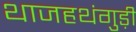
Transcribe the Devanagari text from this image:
थाजहथंगुड़ी